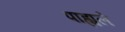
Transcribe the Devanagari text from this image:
पाह्यले